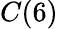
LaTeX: C(6)